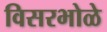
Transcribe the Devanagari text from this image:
विसरभोळे